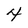
Character: 4